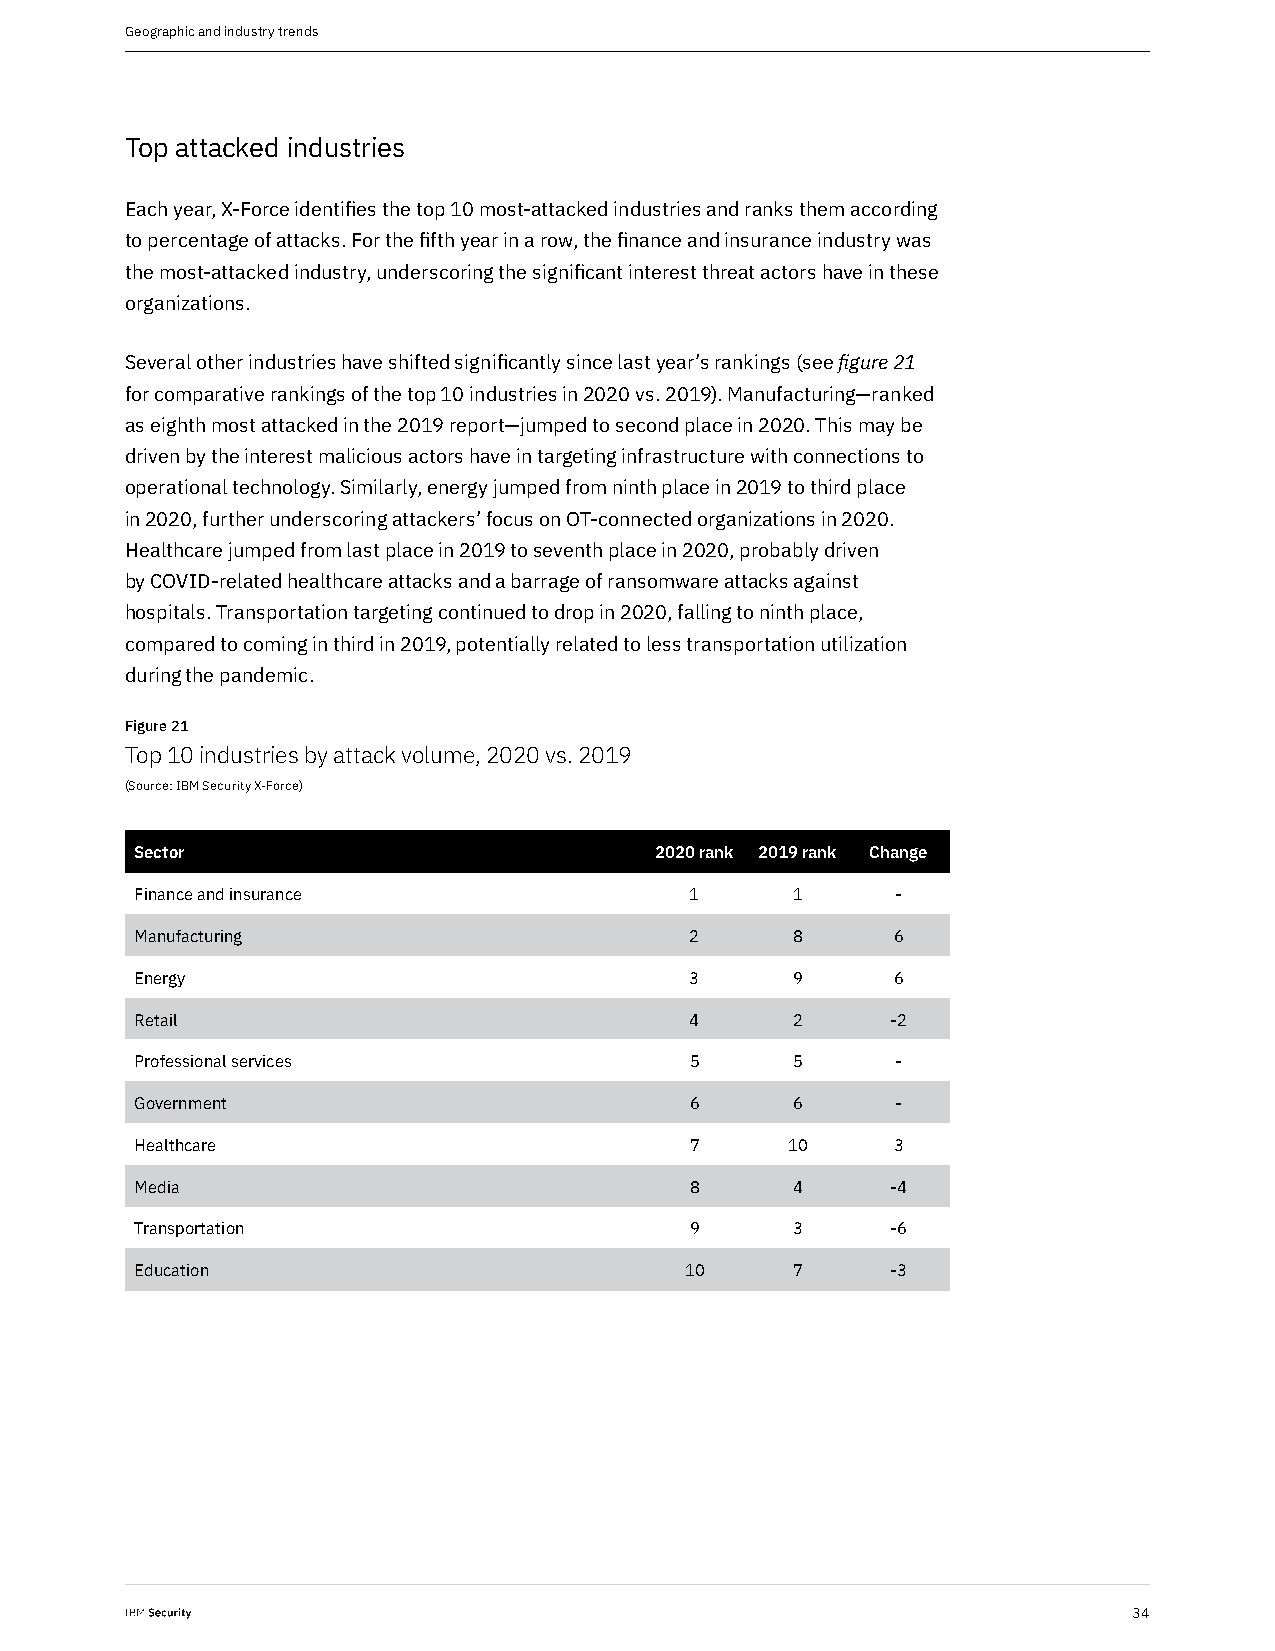
Geographic and industry trends
 Top attacked industries
 Each year, X-Force identifies the top 10 most-attacked industries and ranks them according
 to percentage of attacks. For the fifth year in a row, the finance and insurance industry was
 the most-attacked industry, underscoring the significant interest threat actors have in these
 organizations.
 Several other industries have shifted significantly since last year’s rankings (see figure 21
 for comparative rankings of the top 10 industries in 2020 vs. 2019). Manufacturing—ranked
 as eighth most attacked in the 2019 report—jumped to second place in 2020. This may be
 driven by the interest malicious actors have in targeting infrastructure with connections to
 operational technology. Similarly, energy jumped from ninth place in 2019 to third place
 in 2020, further underscoring attackers’ focus on OT-connected organizations in 2020.
 Healthcare jumped from last place in 2019 to seventh place in 2020, probably driven
 by COVID-related healthcare attacks and a barrage of ransomware attacks against
 hospitals. Transportation targeting continued to drop in 2020, falling to ninth place,
 compared to coming in third in 2019, potentially related to less transportation utilization
 during the pandemic.
 Figure 21
 Top 10 industries by attack volume, 2020 vs. 2019
 (Source: IBM Security X-Force)
 Sector                            2020 rank 2019 rank Change
 Finance and insurance                1      1     -
 Manufacturing                        2      8     6
 Energy                               3      9     6
 Retail                               4      2     -2
 Professional services                5      5     -
 Government                           6      6     -
 Healthcare                           7     10     3
 Media                                8      4     -4
 Transportation                       9      3     -6
 Education                           10      7     -3
 34